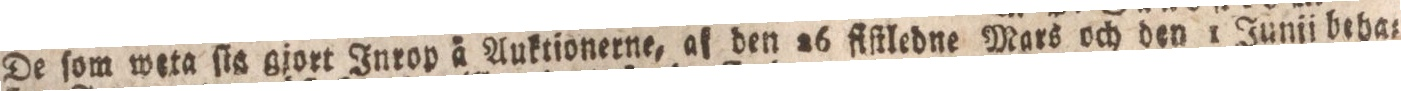
De ſom weta ſin giort Inrop å Auktionerne, af den 26 fiſtledne Mars och den 1 Junii beha=